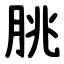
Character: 朓